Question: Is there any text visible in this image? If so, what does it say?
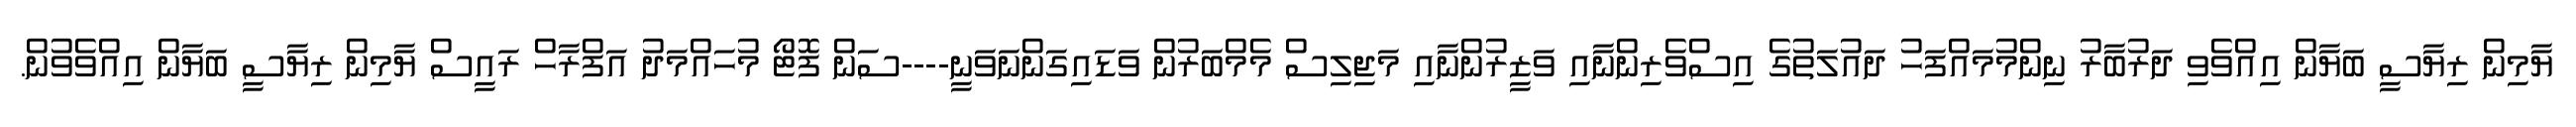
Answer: ޔާމިން ރިޔާސީ ބަޔާން އިއްވެވި ދަރުބާރު ނިންމުމައްފަހު ދައުލަތުގެ އިސްވެރިންނާއި ވަޒީރުންނާއި މަޖިލިސް މެމްބަރުން ވަޑައިގަންނަވަނީ----ސަން ފޮޓޯ މުހައްމަދު އަފްރާހް ރައީސް ޔާމިން ރިޔާސީ ބަޔާން އިއްވެވުން.